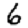
Digit: 6